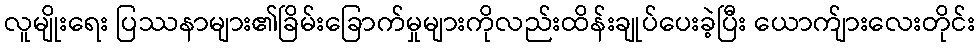
လူမျိုးရေး ပြဿနာများ၏ခြိမ်းခြောက်မှုများကိုလည်းထိန်းချုပ်ပေးခဲ့ပြီး ယောက်ျားလေးတိုင်း